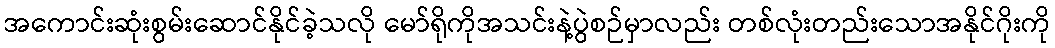
အကောင်းဆုံးစွမ်းဆောင်နိုင်ခဲ့သလို မော်ရိုကိုအသင်းနဲ့ပွဲစဉ်မှာလည်း တစ်လုံးတည်းသောအနိုင်ဂိုးကို